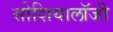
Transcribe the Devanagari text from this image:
सोशियालॉजी